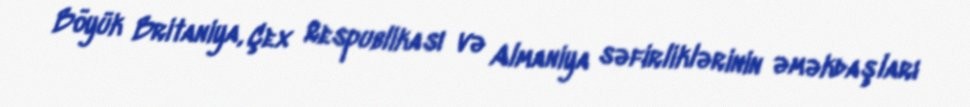
Böyük Britaniya, Çex Respublikası və Almaniya səfirliklərinin əməkdaşları